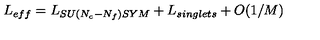
L _ { e f f } = L _ { S U ( N _ { c } - N _ { f } ) S Y M } + L _ { s i n g l e t s } + O ( 1 / M )